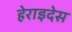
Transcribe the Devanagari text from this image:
हेराइदेस